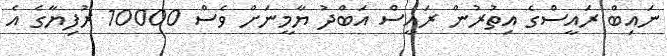
ނައިބް ރައީސްގެ އިތުރުން ރައީސް އަބްދު ޔާމީނަށް ވެސް 10000 ރުފިޔާގެ އެ